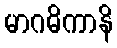
မာဂဓိကာနိ